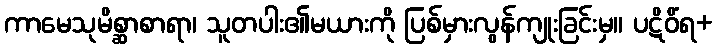
ကာမေသုမိစ္ဆာစာရာ၊ သူတပါး၏မယားကို ပြစ်မှားလွန်ကျုးခြင်းမှ။ ပဋိဝိံရ+